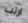
ارتب